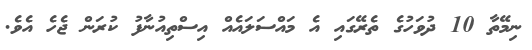
ނިމޭތާ 10 ދުވަހުގެ ތެރޭގައި އެ މައްސަލައެއް އިސްތިއުނާފު ކުރަން ޖެހެ އެވެ.